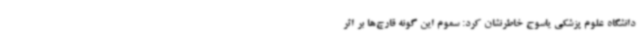
دانشگاه علوم پزشکی یاسوج خاطرنشان کرد: سموم این گونه قارچ‌ها بر اثر